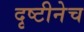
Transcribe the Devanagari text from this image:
दृष्टीनेच